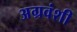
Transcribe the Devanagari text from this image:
अग्रवंशी